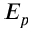
E _ { p }